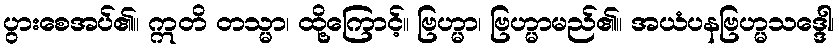
ပွားစေအပ်၏။ ဣတိ တသ္မာ၊ ထို့ကြောင့်။ ဗြဟ္မာ၊ ဗြဟ္မာမည်၏။ အယံပနဗြဟ္မသဒ္ဒေါ၊